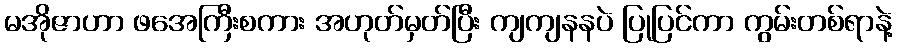
မအိုဇာဟာ ဖအေကြီးစကား အဟုတ်မှတ်ပြီး ကျကျနနပဲ ပြုပြင်ကာ ကွမ်းတစ်ရာနဲ့